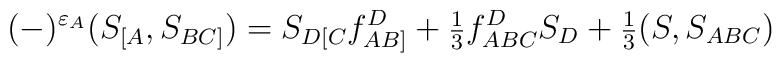
(-)^{\varepsilon_A}(S_{[A},S_{BC]})=S_{D[C}f_{AB]}^D+\mbox{\small{$\frac{1}{3}$}}f_{ABC}^DS_D+\mbox{\small{$\frac{1}{3}$}}(S,S_{ABC})